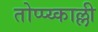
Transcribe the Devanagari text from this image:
तोप्प्य्काल्ली